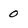
Character: 0